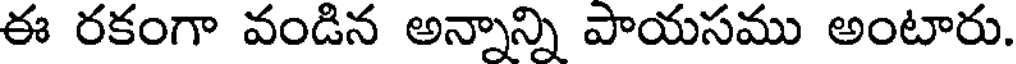
ఈ రకంగా వండిన అన్నాన్ని పాయసము అంటారు.